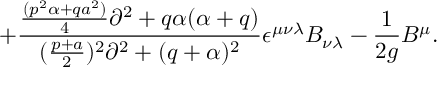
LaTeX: + { \frac { { \frac { ( p ^ { 2 } \alpha + q a ^ { 2 } ) } { 4 } } \partial ^ { 2 } + q \alpha ( \alpha + q ) } { ( { \frac { p + a } { 2 } } ) ^ { 2 } \partial ^ { 2 } + ( q + \alpha ) ^ { 2 } } } \epsilon ^ { \mu \nu \lambda } B _ { \nu \lambda } - { \frac { 1 } { 2 g } } B ^ { \mu } .